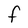
Character: F